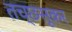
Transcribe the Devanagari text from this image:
तच्छसूकर